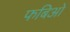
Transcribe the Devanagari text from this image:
फबिओ